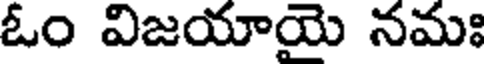
ఓం విజయాయె నమః